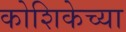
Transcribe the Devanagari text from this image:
कोशिकेच्या